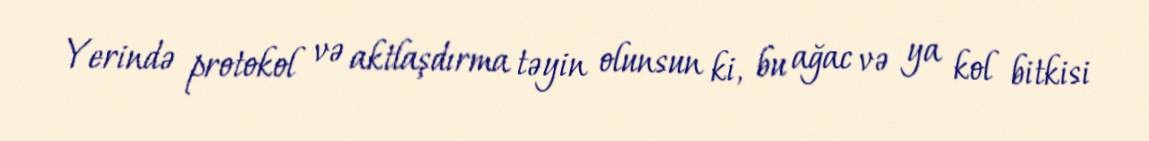
Yerində protokol və aktlaşdırma təyin olunsun ki, bu ağac və ya kol bitkisi